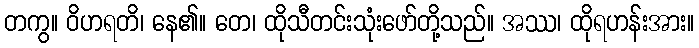
တကွ။ ဝိဟရတိ၊ နေ၏။ တေ၊ ထိုသီတင်းသုံးဖော်တို့သည်။ အဿ၊ ထိုရဟန်းအား။